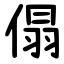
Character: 傝